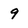
Character: 9